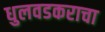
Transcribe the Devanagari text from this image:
धुलवडकराचा